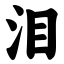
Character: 泪